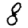
Digit: 8